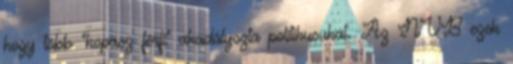
hogy több “kopasz férfi” akadályozta politikusukat. Az NVB ezek